Veterinary regulations India, 1935 -
Year: 1935
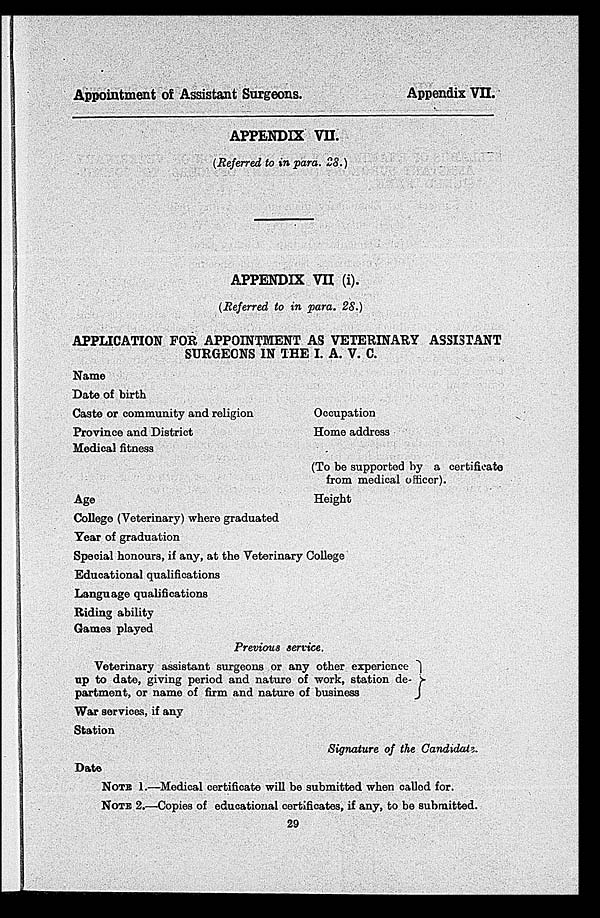
Appointment of Assistant Surgeons.
Appendix VII.
APPENDIX VII.
(Referred to in para. 28.)
APPENDIX VII (i).
(Referred to in para. 28.)
APPLICATION FOR APPOINTMENT AS VETERINARY ASSISTANT
SURGEONS IN THE I. A. V. C.
Name
Date of birth
Caste or community and religion
Occupation
Province and District
Home address
Medical fitness
(To be supported by a certificate
from medical officer).
Age
Height
College (Veterinary) where graduated
Year of graduation
Special honours, if any, at the Veterinary College
Educational qualifications
Language qualifications
Riding ability
Games played
Previous service.
Veterinary assistant surgeons or any other experience
up to date, giving period and nature of work, station de-
partment, or name of firm and nature of business
War services, if any
Station
Signature of the Candidate.
Date
NOTE 1.—Medical certificate will be submitted when called for.
NOTE 2.—Copies of educational certificates, if any, to be submitted.
29